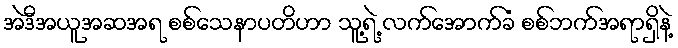
အဲဒီအယူအဆအရ စစ်သေနာပတိဟာ သူ့ရဲ့ လက်အောက်ခံ စစ်ဘက်အရာရှိနဲ့